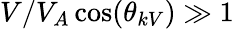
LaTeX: V/V_{A}\cos(\theta_{kV})\gg 1